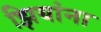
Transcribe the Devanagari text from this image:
झियांना